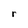
Character: r